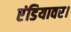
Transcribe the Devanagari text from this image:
एंडियावर।